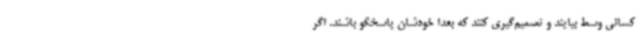
کسانی وسط بیایند و تصمیم‌گیری کنند که بعدا خودشان پاسخگو باشند. اگر